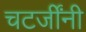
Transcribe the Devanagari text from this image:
चटर्जींनी